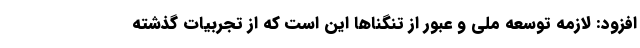
افزود: لازمه توسعه ملی و عبور از تنگناها این است که از تجربیات گذشته